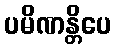
ပမိဏန္တိပေ